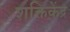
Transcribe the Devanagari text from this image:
शक्तिकेंद्र